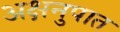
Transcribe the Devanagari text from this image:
अक्षनुपात